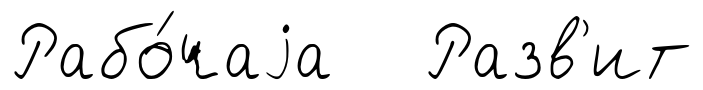
Рабо́чаjа Разв'ит